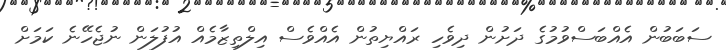
ސަބަބުން އެއްބަސްވުމުގެ ދަށުން ދިވެހި ރައްޔިތުން އެއްވެސް އިލްތިޒާމެއް އުފުލަން ނުޖެހޭނެ ކަމަށް